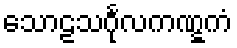
သောဠသင်္ဂုလကဏ္ဋကံ